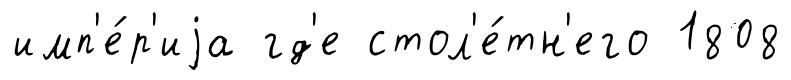
имп'е́р'иjа гд'е стол'е́тн'его 1808